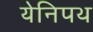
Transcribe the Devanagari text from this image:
येनिपथ